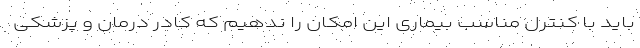
باید با کنترل مناسب بیماری این امکان را ندهیم که کادر درمان و پزشکی